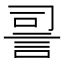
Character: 䛐